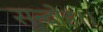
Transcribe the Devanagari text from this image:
सन्‍दोह।।